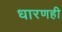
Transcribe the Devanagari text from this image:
धारणही